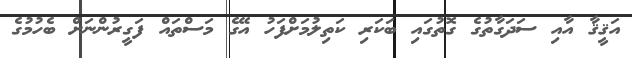
އަޤީޤާ އާއި ސަދަގާތުގެ ގޮތުގައި ބަކަރި ކަތިލުމަށްފަހު އޭގެ މަސްތައް ފަގީރުންނަށް ބެހުމުގެ